Leaving Certificate Examination (including Day School Certificate (Higher) General paper), 1937
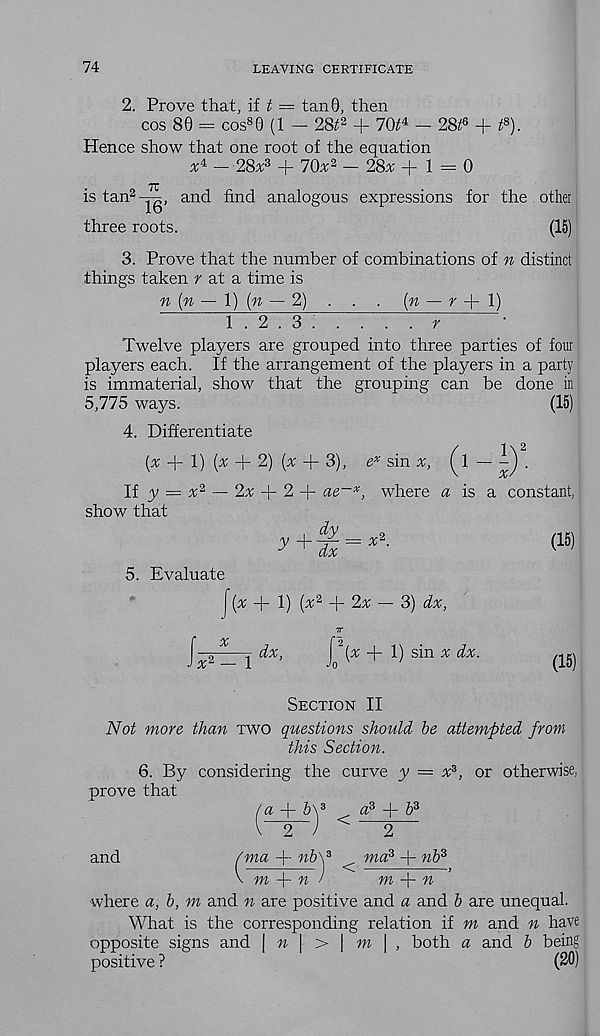
74
LEAVING CERTIFICATE
2. Prove that, \i t = tan0, then
cos 80 = cos 8 0 (1 — 28^2 + 70^4 — 28^6 + ^8).
Hence show that one root of the equation
x 4 — 28v 3 + 70.t 2 — 28^ +1 = 0
is tan 2 — , and find analogous expressions for the other
three roots.
(15)
3. Prove that the number of combinations of n distinct
things taken r at a time is
n (n — \) (n — 2) . . . (» — r + 1)
1.2.3: . . . . r
•
Twelve players are grouped into three parties of four
players each. If the arrangement of the players in a party
is immaterial, show that the grouping can be done in
5,775 ways.
(15)
4. Differentiate
(x + 1) (^ + 2) (x + 3), e x sin %, (1
1\ 2
a:
If y = rr 2 — 2v + 2 + ae~x, where a is a constant,
show that
5. Evaluate
v +.dy- X 2
y + dx~x ■
[x + 1) (x 2 -\- 2x ~ 2>) dx,
TV
J—^—j dx,
^2[x + 1) sin x dx.
(15)
(15)
Section II
Not more than two questions should be attempted from
this Section.
6. By considering the curve y = x z , or otherwise,
prove that
/a + 5\ 3
a 3 + 6 3
V~2~)
2
and
fma + nb'd < ma? + «6 3
\ m
n )
m
n ’
where a, b, m and n are positive and a and b are unequal.
What is the corresponding relation if m and n have
opposite signs and \ n \ > \ m \ , both a and b being
positive ?
(20)